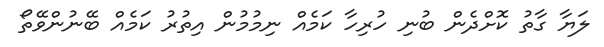
ލަޔާ ގާތު ކޮށްދެން ބުނި ހުރިހާ ކަމެއް ނިމުމުން އިތުރު ކަމެއް ބޭނުންވޭތޯ